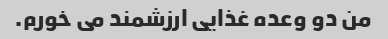
من دو وعده غذایی ارزشمند می خورم.